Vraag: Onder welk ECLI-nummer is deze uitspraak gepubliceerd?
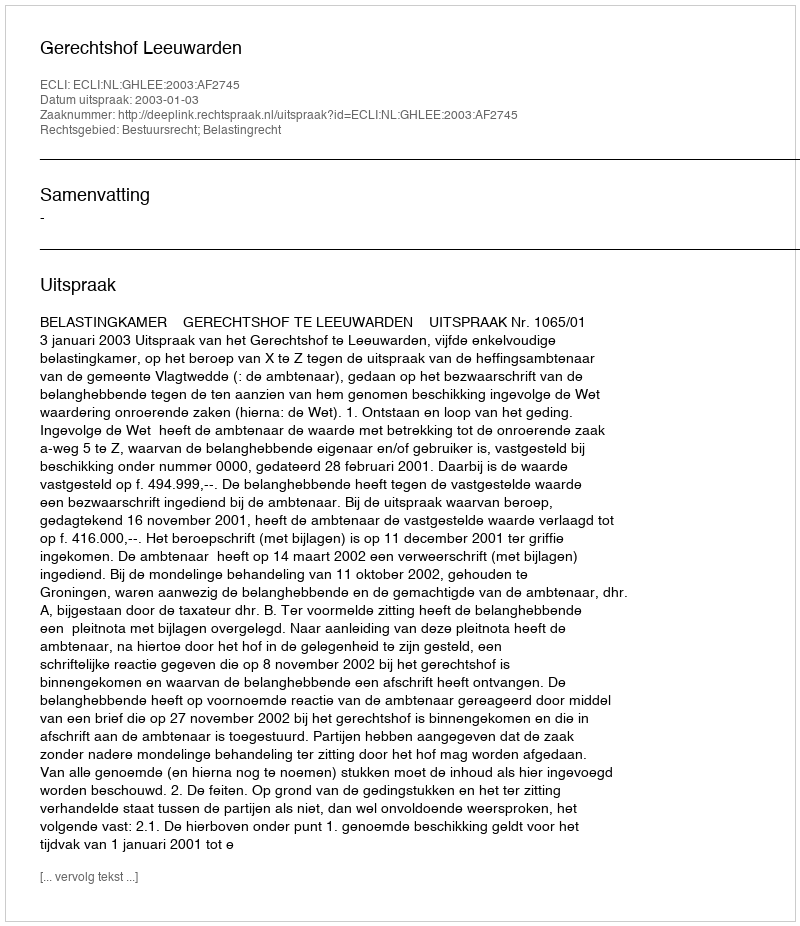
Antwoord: ECLI:NL:GHLEE:2003:AF2745